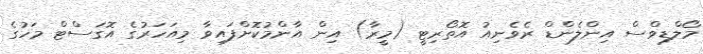
މޯލްޑިވްސް އިންލެންޑް ރެވެނިއު އޮތޯރިޓީ (މީރާ) އިން އާންމުކޮށްފައިވާ މިއަހަރުގެ އޮގަސްޓް މަހުގެ